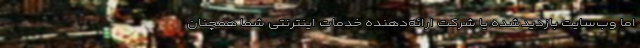
اما وب‌سایت بازدیدشده یا شرکت ارائه‌دهنده خدمات اینترنتی شما همچنان